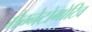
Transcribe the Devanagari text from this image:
मैग्नेटोमोटिव